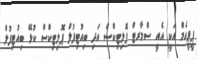
ޕީޕީއެމް އަކީ އެއީ ސްމާރޓް ޕޮލިޓިކްސް އަދި ބިއުޓިފުލް ޕޮލިޓިކްސް ކުޅޭ ބިއުޓިފުލް